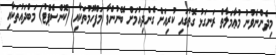
މިދެންނެވުނު މުޢާމަލާތް ރަނގަޅު ގޮތުގައި ކުރިއަށް ގެންދިއުމަށް ބޭނުންވާ މަފްހޫމުތަކާއި (ކޮންސެޕްޓު) މަބްދައުތަކާއި